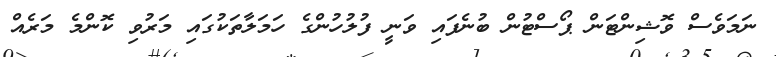
ނަމަވެސް ވޮޝިންޓަން ޕޯސްޓުން ބުނެފައި ވަނީ ފުލުހުންގެ ހަމަލާތަކުގައި މަރުވި ކޮންމެ މަރެއް